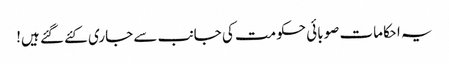
یہ احکامات صوبائی حکومت کی جانب سے جاری کئے گئے ہیں!